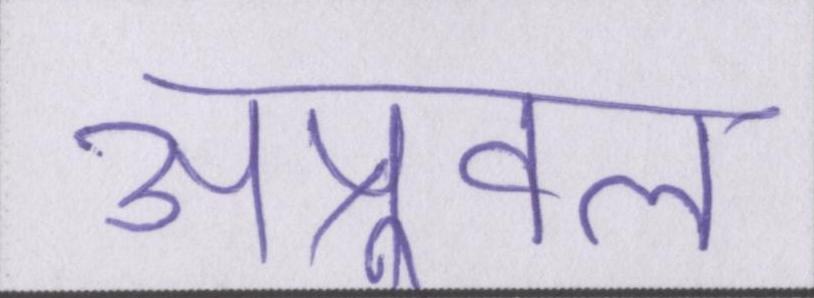
अप्रूवल